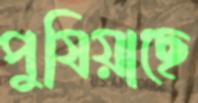
পুষিয়াছে